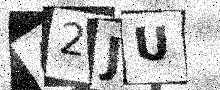
Text: 42JU